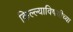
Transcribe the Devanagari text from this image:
किल्ल्याविषयीच्या